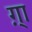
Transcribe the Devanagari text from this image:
ग़्ा